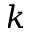
k